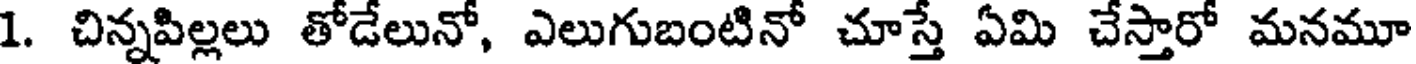
1. చిన్నపిల్లలు తోడేలునో, ఎలుగుబంటినో చూస్తే ఏమి చేస్తారో మనమూ